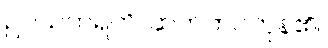
ဥပသဟရတိ၊ ဆက်ကပ်ကုန်၏။